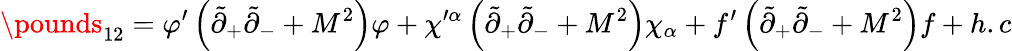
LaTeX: \pounds_{12}=\varphi^{\prime}\left(\tilde{\partial}_{+}\tilde{\partial}_{-}+M^{2}\right)\varphi+\chi^{\prime\alpha}\left(\tilde{\partial}_{+}\tilde{\partial}_{-}+M^{2}\right)\chi_{\alpha}+f^{\prime}\left(\tilde{\partial}_{+}\tilde{\partial}_{-}+M^{2}\right)f+h.c